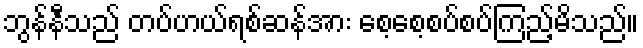
ဘွန်နီသည် တပ်ဟယ်ရစ်ဆန်အား စေ့စေ့စပ်စပ်ကြည့်မိသည်။